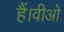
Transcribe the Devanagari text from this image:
हैं।वीओ